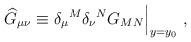
LaTeX: \begin{align*}{\widehat G}_{\mu\nu}\equiv{\delta_\mu}^M {\delta_\nu}^N G_{MN} \Big|_{y=y_0}~,\end{align*}